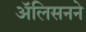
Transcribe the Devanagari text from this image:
ॲलिसनने